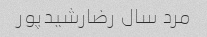
مرد سال رضارشیدپور